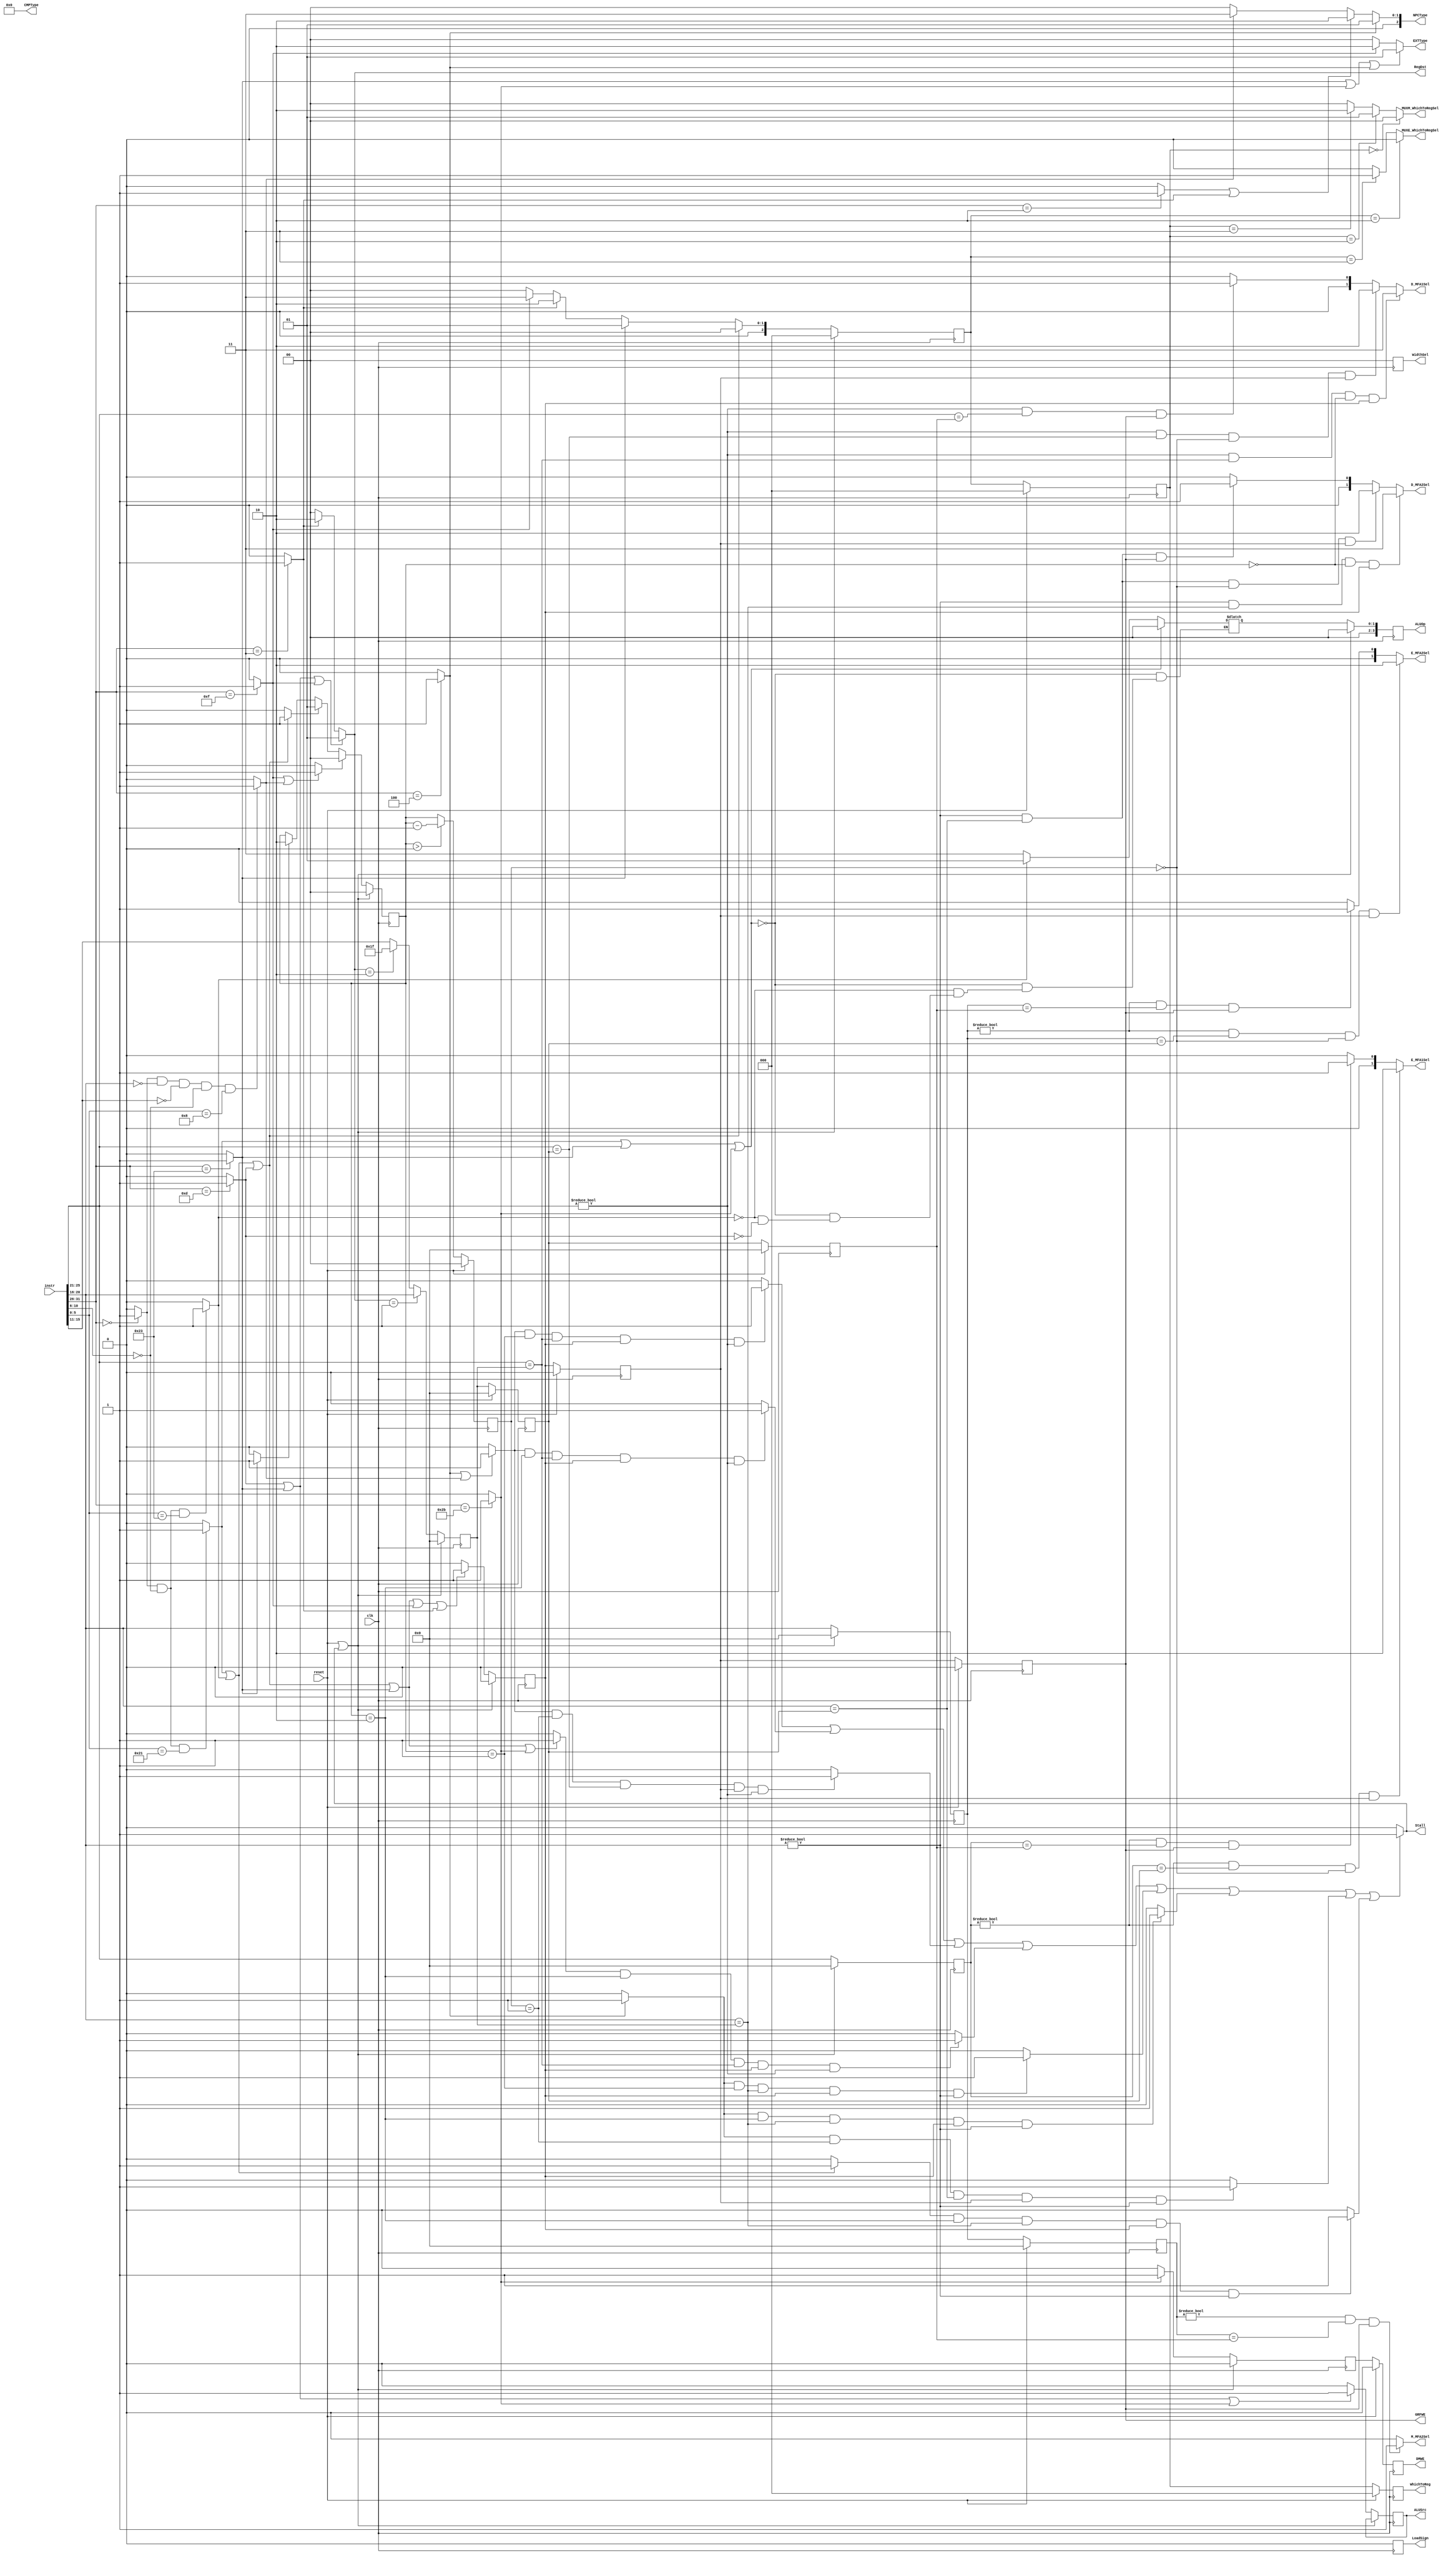
`timescale 1ns / 1ps
//////////////////////////////////////////////////////////////////////////////////
// Company: 
// Engineer: 
// 
// Design Name: 
// Module Name:    CU 
// Project Name: 
// Target Devices: 
// Tool versions: 
// Description: 
//
// Dependencies: 
//
// Revision: 
// Revision 0.01 - File Created
// Additional Comments: 
//
//////////////////////////////////////////////////////////////////////////////////
module CU(
    input clk,
	 input reset,
    input [31:0] instr,
	 output [2:0] NPCType,
	 output [1:0] EXTType,
	 output [3:0] CMPType,
	 output GRFWE,
	 output DMWE,
	 output [1:0] RegDst,
	 output ALUSrc,
	 output [3:0] ALUOp,
	 output [1:0] WidthSel,
	 output LoadSign,
	 output [2:0] WhichToReg,
	 output reg MUXE_WhichToRegSel,
	 output reg [1:0] MUXM_WhichToRegSel,
	 output Stall,
	 output reg [1:0] D_MFA1Sel,
	 output reg [1:0] D_MFA2Sel,
	 output reg [1:0] E_MFA1Sel,
	 output reg [1:0] E_MFA2Sel,
	 output reg M_MFA2Sel
    );
	 wire [5:0] op, func;
	 wire [4:0] rs, rt, rd, shamt;
	 wire rtype;
	 wire addu, subu, ori, lw, sw, beq, lui, j, jal, jr, nop;
	 reg [2:0] D_NPCType;
	 reg [1:0] D_EXTType;
	 reg [3:0] D_CMPType;
	 reg D_GRFWE, E_GRFWE, M_GRFWE, W_GRFWE;
	 reg D_DMWE, E_DMWE, M_DMWE;
	 reg [1:0] D_RegDst;
	 reg D_ALUSrc, E_ALUSrc;
	 reg [3:0] D_ALUOp, E_ALUOp;
	 reg [1:0] D_WidthSel, E_WidthSel, M_WidthSel;
	 reg D_LoadSign, E_LoadSign, M_LoadSign;
	 reg [2:0] D_WhichToReg, E_WhichToReg, M_WhichToReg, W_WhichToReg;
	 wire Tuse_A1_0, Tuse_A1_1, Tuse_A2_0, Tuse_A2_1, Tuse_A2_2;
	 wire D_Type, E_Type, M_Type;
	 reg [1:0] E_Tnew, M_Tnew;
	 reg [4:0] D_A1, E_A1, M_A1, W_A1;
	 reg [4:0] D_A2, E_A2, M_A2, W_A2;
	 reg [4:0] D_A3, E_A3, M_A3, W_A3; 
	 wire Stall_A1_0_E1, Stall_A1_0_E2, Stall_A1_0_M1, Stall_A1_1_E2;
	 wire Stall_A2_0_E1, Stall_A2_0_E2, Stall_A2_0_M1, Stall_A2_1_E2;
	 assign op = instr[31:26];
	 assign rs = instr[25:21];
	 assign rt = instr[20:16];
	 assign rd = instr[15:11];
	 assign shamt = instr[10:6];
	 assign func = instr[5:0];
	 assign rtype = (op == 6'b000000) ? 1 : 0;
	 assign addu = (rtype && shamt == 5'b00000 && func == 6'b100001) ? 1 : 0;
	 assign subu = (rtype && shamt == 5'b00000 && func == 6'b100011) ? 1 : 0;
	 assign ori = (op == 6'b001101) ? 1 : 0;
	 assign lw = (op == 6'b100011) ? 1 : 0;
	 assign sw = (op == 6'b101011) ? 1 : 0;
	 assign beq = (op == 6'b000100) ? 1 : 0;
	 assign lui = (op == 6'b001111) ? 1 : 0;
	 assign j = (op == 6'b000010) ? 1 : 0;
	 assign jal = (op == 6'b000011) ? 1 : 0;
	 assign jr = (rtype && rt == 5'b00000 && rd == 5'b00000 && shamt == 5'b00000 && func == 6'b001000) ? 1 : 0;
	 assign nop = (rtype && func == 6'b000000) ? 1 : 0;
	 assign Tuse_A1_0 = (beq || jr) ? 1 : 0;
	 assign Tuse_A1_1 = (addu || subu || ori || lw || sw) ? 1 : 0;
	 assign Tuse_A2_0 = (beq) ? 1 : 0;
	 assign Tuse_A2_1 = (addu || subu) ? 1 : 0;
	 assign Tuse_A2_2 = (sw) ? 1 : 0;
	 assign D_Type = (lui || jr) ? 1 : 0;
	 assign E_Type = (addu || subu || ori) ? 1 : 0;
	 assign M_Type = (lw) ? 1 : 0;
	 initial begin
		MUXE_WhichToRegSel = 0;
		MUXM_WhichToRegSel = 0;
		D_MFA1Sel = 0;
		D_MFA2Sel = 0;
		E_MFA1Sel = 0;
		E_MFA2Sel = 0;
		M_MFA2Sel = 0;
		D_NPCType = 0;
		D_EXTType = 0;
		D_CMPType = 0;
		D_GRFWE = 0;
		E_GRFWE = 0;
		M_GRFWE = 0;
		W_GRFWE = 0;
		D_DMWE = 0;
		E_DMWE = 0;
		M_DMWE = 0;
		D_RegDst = 0;
		D_ALUSrc = 0;
		E_ALUSrc = 0;
		D_ALUOp = 0;
		E_ALUOp = 0;
		D_WidthSel = 0;
		E_WidthSel = 0;
		M_WidthSel = 0;
		D_LoadSign = 0;
		E_LoadSign = 0;
		M_LoadSign = 0;
		D_WhichToReg = 0;
		E_WhichToReg = 0;
		M_WhichToReg = 0;
		W_WhichToReg = 0;
		E_Tnew = 0;
		M_Tnew = 0;
		D_A1 = 0;
		E_A1 = 0;
		M_A1 = 0;
		W_A1 = 0;
		D_A2 = 0;
		E_A2 = 0;
		M_A2 = 0;
		W_A2 = 0;
		D_A3 = 0;
		E_A3 = 0;
		M_A3 = 0;
		W_A3 = 0;
	 end
	 // D_NPCType
	 always@(*) begin
		if (beq) begin
			D_NPCType = 4'b0001;
		end
		else if (j || jal) begin
			D_NPCType = 4'b0010;
		end
		else if (jr) begin
			D_NPCType = 4'b0011;
		end
		else begin
			D_NPCType = 4'b0000;
		end
	 end
	 // D_EXTType
	 always@(*) begin
		if (lw || sw || beq) begin
			D_EXTType = 2'b01;
		end
		else if (lui) begin
			D_EXTType = 2'b10;
		end
		else begin
			D_EXTType = 2'b00;
		end
	 end
	 // D_CMPType
	 always@(*) begin
		if (beq) begin
			D_CMPType = 4'b0000;
		end
		else begin
			D_CMPType = 4'b0000;
		end
	 end
	 // D_GRFWE
	 always@(*) begin
		if (addu || subu || ori || lw || lui || jal) begin
			D_GRFWE = 1'b1;
		end
		else begin
			D_GRFWE = 1'b0;
		end
	 end
	 // D_DMWE
	 always@(*) begin
		if (sw) begin
			D_DMWE = 1'b1;
		end
		else begin
			D_DMWE = 1'b0;
		end
	 end
	 // D_RegDst
	 always@(*) begin
		if (ori || lw || lui) begin
			D_RegDst = 2'b01;
		end
		else if (jal) begin
			D_RegDst = 2'b10;
		end
		else begin
			D_RegDst = 2'b00;
		end
	 end
	 // D_ALUSrc
	 always@(*) begin
		if (ori || lw || sw) begin
			D_ALUSrc = 1'b1;
		end
		else begin
			D_ALUSrc = 1'b0;
		end
	 end
	 // D_ALUOp
	 always@(*) begin
		if (addu || lw || sw) begin
			D_ALUOp = 4'b0000;
		end
		else if (subu) begin
			D_ALUOp = 4'b0001;
		end
		else if (ori) begin
			D_ALUOp = 4'b0011;
		end
	 end
	 // D_WidthSel
	 always@(*) begin
		if (lw || sw) begin
			D_WidthSel = 2'b00;
		end
		else begin
			D_WidthSel = 2'b00;
		end
	 end
	 // D_LoadSign
	 always@(*) begin
		if (lw || sw) begin
			D_LoadSign = 1'b0;
		end
		else begin
			D_LoadSign = 1'b0;
		end
	 end
	 // D_WhichToReg
	 always@(*) begin
		if (addu || subu || ori) begin
			D_WhichToReg = 3'b000;
		end
		else if (lw) begin
			D_WhichToReg = 3'b001;
		end
		else if (jal) begin
			D_WhichToReg = 3'b010;
		end
		else if (lui) begin
			D_WhichToReg = 3'b011;
		end
		else begin
			D_WhichToReg = 3'b000;
		end
	 end
	 // MUXE_WhichToRegSel
	 always@(*) begin
		if (E_WhichToReg == 3'b010) begin
			MUXE_WhichToRegSel = 1'b0;
		end
		else if (E_WhichToReg == 3'b011) begin
			MUXE_WhichToRegSel = 1'b1;
		end
		else begin
			MUXE_WhichToRegSel = 2'b00;
		end
	 end
	 // MUXM_WhichToRegSel
	 always@(*) begin
		if (M_WhichToReg == 3'b000) begin
			MUXM_WhichToRegSel = 2'b00;
		end
		else if (M_WhichToReg == 3'b010) begin
			MUXM_WhichToRegSel = 2'b01;
		end
		else if (M_WhichToReg == 3'b011) begin
			MUXM_WhichToRegSel = 2'b10;
		end
		else begin
			MUXM_WhichToRegSel = 2'b00;
		end
	 end
	 // E_Tnew
	 always@(posedge clk) begin
		if (reset || Stall) begin
			E_Tnew <= 2'b00;
		end
		else if (D_Type) begin
			E_Tnew <= 2'b00;
		end
		else if (E_Type) begin
			E_Tnew <= 2'b01;
		end
		else if (M_Type) begin
			E_Tnew <= 2'b10;
		end
	 end
	 // M_Tnew
	 always@(posedge clk) begin
		if (reset) begin
			M_Tnew <= 2'b00;
		end
		else begin
			if (E_Tnew > 0) begin
				M_Tnew <= E_Tnew - 1;
			end
			else begin
				M_Tnew <= E_Tnew;
			end
		end
	 end
	 // Stall
	 assign Stall_A1_0_E1 = (Tuse_A1_0 && (E_Tnew == 2'b01) && (D_A1 == E_A3) && E_GRFWE && (D_A1 != 5'b00000)) ? 1 : 0;
	 assign Stall_A1_0_E2 = (Tuse_A1_0 && (E_Tnew == 2'b10) && (D_A1 == E_A3) && E_GRFWE && (D_A1 != 5'b00000)) ? 1 : 0;
	 assign Stall_A1_0_M1 = (Tuse_A1_0 && (M_Tnew == 2'b01) && (D_A1 == M_A3) && M_GRFWE && (D_A1 != 5'b00000)) ? 1 : 0;
	 assign Stall_A1_1_E2 = (Tuse_A1_1 && (E_Tnew == 2'b10) && (D_A1 == E_A3) && E_GRFWE && (D_A1 != 5'b00000)) ? 1 : 0;
	 assign Stall_A2_0_E1 = (Tuse_A2_0 && (E_Tnew == 2'b01) && (D_A2 == E_A3) && E_GRFWE && (D_A2 != 5'b00000)) ? 1 : 0;
	 assign Stall_A2_0_E2 = (Tuse_A2_0 && (E_Tnew == 2'b10) && (D_A2 == E_A3) && E_GRFWE && (D_A2 != 5'b00000)) ? 1 : 0;
	 assign Stall_A2_0_M1 = (Tuse_A2_0 && (M_Tnew == 2'b01) && (D_A2 == M_A3) && M_GRFWE && (D_A2 != 5'b00000)) ? 1 : 0;
	 assign Stall_A2_1_E2 = (Tuse_A2_1 && (E_Tnew == 2'b10) && (D_A2 == E_A3) && E_GRFWE && (D_A2 != 5'b00000)) ? 1 : 0;
	 assign Stall = (Stall_A1_0_E1 || Stall_A1_0_E2 || Stall_A1_0_M1 || Stall_A1_1_E2 || Stall_A2_0_E1 || Stall_A2_0_E2 || Stall_A2_0_M1 || Stall_A2_1_E2) ? 1 : 0;
	 // D_MFA1Sel
	 always@(*) begin
		if ((D_A1 != 5'b00000) && (D_A1 == E_A3) && (E_Tnew == 2'b00) && E_GRFWE) begin
			D_MFA1Sel = 2'b11;
		end
		else if ((D_A1 != 5'b00000) && (D_A1 == M_A3) && (M_Tnew == 2'b00) && M_GRFWE) begin
			D_MFA1Sel = 2'b10;
		end
		else if ((D_A1 != 5'b00000) && (D_A1 == W_A3) && W_GRFWE) begin
			D_MFA1Sel = 2'b01;
		end
		else begin
			D_MFA1Sel = 2'b00;
		end
	 end
	 // D_MFA2Sel
	 always@(*) begin
		if ((D_A2 != 5'b00000) && (D_A2 == E_A3) && (E_Tnew == 2'b00) && E_GRFWE) begin
			D_MFA2Sel = 2'b11;
		end
		else if ((D_A2 != 5'b00000) && (D_A2 == M_A3) && (M_Tnew == 2'b00) && M_GRFWE) begin
			D_MFA2Sel = 2'b10;
		end
		else if ((D_A2 != 5'b00000) && (D_A2 == M_A3) && W_GRFWE) begin
			D_MFA2Sel = 2'b01;
		end
		else begin
			D_MFA2Sel = 2'b00;
		end
	 end
	 // E_MFA1Sel
	 always@(*) begin
		if ((E_A1 != 5'b00000) && (E_A1 == M_A3) && (M_Tnew == 2'b00) && M_GRFWE) begin
			E_MFA1Sel = 2'b10;
		end
		else if ((E_A1 != 5'b00000) && (E_A1 == W_A3) && W_GRFWE) begin
			E_MFA1Sel = 2'b01;
		end
		else begin
			E_MFA1Sel = 2'b00;
		end
	 end
	 // E_MFA2Sel
	 always@(*) begin
		if ((E_A2 != 5'b00000) && (E_A2 == M_A3) && (M_Tnew == 2'b00) && M_GRFWE) begin
			E_MFA2Sel = 2'b10;
		end
		else if ((E_A2 != 5'b00000) && (E_A2 == W_A3) && W_GRFWE) begin
			E_MFA2Sel = 2'b01;
		end
		else begin
			E_MFA2Sel = 2'b00;
		end
	 end
	 // M_MFA2Sel
	 always@(*) begin
		if ((M_A2 != 5'b00000) && (M_A2 == W_A3) && W_GRFWE) begin
			M_MFA2Sel = 1'b1;
		end
		else begin
			M_MFA2Sel = 1'b0;
		end
	 end
	 // D_A1 D_A2 D_A3
	 always@(*) begin
		D_A1 = instr[25:21];
		D_A2 = instr[20:16];
		if (D_RegDst == 2'b01) begin
			D_A3 = instr[20:16];
		end
		else if (D_RegDst == 2'b10) begin
			D_A3 = 5'b11111;
		end
		else begin
			D_A3 = instr[15:11];
		end
		
	 end
	 
	always@(posedge clk) begin
		if (Stall || reset) begin
			E_GRFWE <= 1'b0;
			E_DMWE <= 1'b0;
			E_ALUOp <= 4'b0000;
			E_WidthSel <= 2'b00;
			E_LoadSign <= 1'b0;
			E_WhichToReg <= 3'b000;
			E_A1 <= 5'b00000;
			E_A2 <= 5'b00000;
			E_A3 <= 5'b00000;
		end
		else begin
			E_GRFWE <= D_GRFWE;
			E_DMWE <= D_DMWE;
			E_ALUOp <= D_ALUOp;
			E_ALUSrc <= D_ALUSrc;
			E_WidthSel <= D_WidthSel;
			E_LoadSign <= D_LoadSign;
			E_WhichToReg <= D_WhichToReg;
			E_A1 <= D_A1;
			E_A2 <= D_A2;
			E_A3 <= D_A3;
		end
	end
	
	always@(posedge clk) begin
		if (reset) begin
			M_GRFWE <= 1'b0;
			W_GRFWE <= 1'b0;
			M_DMWE <= 1'b0;
			M_WidthSel <= 2'b00;
			M_LoadSign <= 1'b0;
			M_WhichToReg <= 3'b000;
			W_WhichToReg <= 3'b000;
			M_A1 <= 5'b00000;
			W_A1 <= 5'b00000;
			M_A2 <= 5'b00000;
			W_A2 <= 5'b00000;
			M_A3 <= 5'b00000;
			W_A3 <= 5'b00000;
		end
		else begin
			M_GRFWE <= E_GRFWE;
			W_GRFWE <= M_GRFWE;
			M_DMWE <= E_DMWE;
			M_WidthSel <= E_WidthSel;
			M_LoadSign <= E_LoadSign;
			M_WhichToReg <= E_WhichToReg;
			W_WhichToReg <= M_WhichToReg;
			M_A1 <= E_A1;
			W_A1 <= M_A1;
			M_A2 <= E_A2;
			W_A2 <= M_A2;
			M_A3 <= E_A3;
			W_A3 <= M_A3;
		end
	end
	
	assign NPCType = D_NPCType;
	assign EXTType = D_EXTType;
	assign CMPType = D_CMPType;
	assign GRFWE = W_GRFWE;
	assign DMWE = M_DMWE;
	assign RegDst = D_RegDst;
	assign ALUSrc = E_ALUSrc;
	assign ALUOp = E_ALUOp;
	assign WidthSel = M_WidthSel;
	assign LoadSign = M_LoadSign;
	assign WhichToReg = W_WhichToReg;
endmodule